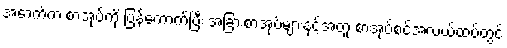
အောက်က စာအုပ်ကို ပြန်ကောက်ပြီး အခြားစာအုပ်များနှင့်အတူ စာအုပ်စင်အလယ်ထပ်တွင်